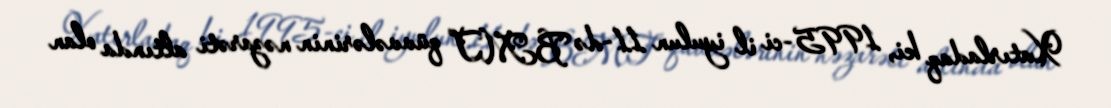
Xatırladaq ki, 1995-ci il iyulun 11-də BMT qüvvələrinin nəzarəti altında olan